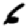
Digit: 6